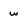
Character: w